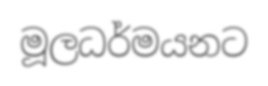
මූලධර්මයනට